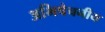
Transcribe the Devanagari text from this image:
अभिषेचनीय